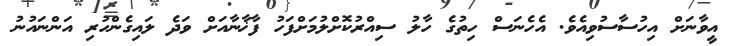
އީވާނަށް އިހުސާސުވިއެވެ. އެހެނަސް ހިތުގެ ހާލު ސިއްރުކޮށްލުމަށްފަހު ފާޚާނާއަށް ވަދެ ލައިގެންހުރި އަންނައުނު